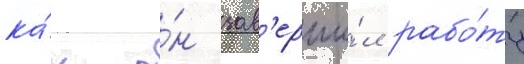
ка́к о́н зав'ерши́л рабо́ту